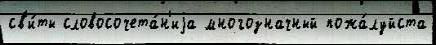
св'и́ты словосочета́н'иjа многозначный пожа́луйста